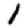
Digit: 1